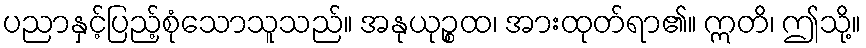
ပညာနှင့်ပြည့်စုံသောသူသည်။ အနုယုဉ္စထ၊ အားထုတ်ရာ၏။ ဣတိ၊ ဤသို့။